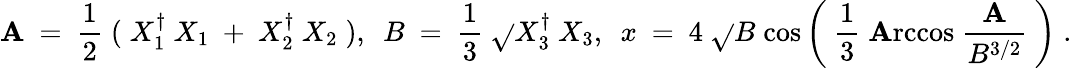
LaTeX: \mathbf{A}~=~{\frac{{1}}{{2}}}\; (\; X_{1}^{\dagger}~X_{1}~+~X_{2}^{\dagger}~X_{2}\; ),~~B~=~{\frac{{1}}{{3}}}~\sqrt{}{{X_{3}^{\dagger}~X_{3}}},~~x~=~4~\sqrt{}{{B}}\; \mathrm{{cos}}\left(~{\frac{{1}}{{3}}}\; \mathrm{{\mathbf{A}rccos}}~{\frac{{~\mathbf{A}~}}{{B^{3/2}}}}~\right)\; .